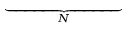
\underbrace { \phantom { \left( i \alpha \mathcal { U } - R e ^ { - 1 } D ^ { 2 } \right) } } _ { N }